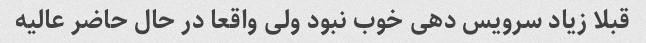
قبلا زیاد سرویس دهی خوب نبود ولی واقعا در حال حاضر عالیه